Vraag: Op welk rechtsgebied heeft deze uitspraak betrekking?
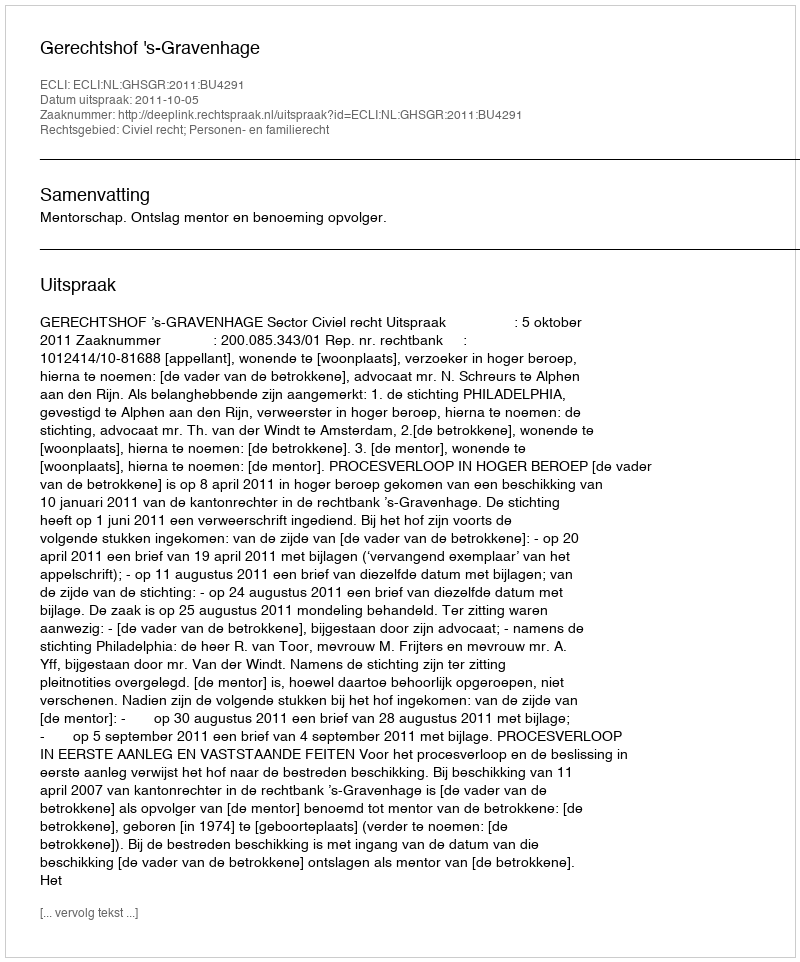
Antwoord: Civiel recht; Personen- en familierecht